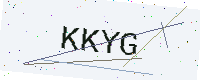
Text: KKYG